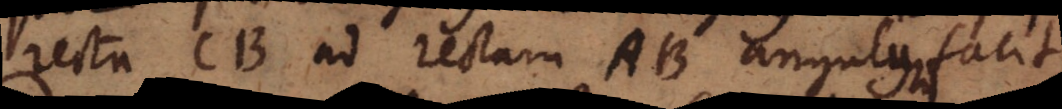
rectae CB ad rectam AB angulus facit